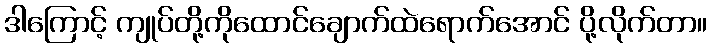
ဒါကြောင့် ကျုပ်တို့ကိုထောင်ချောက်ထဲရောက်အောင် ပို့လိုက်တာ။